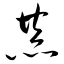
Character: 恭